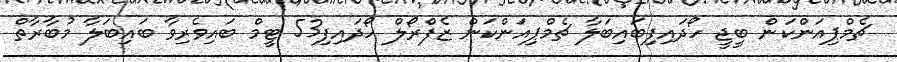
ޗެމްޕިއަންކަން ބީޖީ ހޯދައިފިބައިބަލާ ޗެމްޕިއަންކަން ޒެފްރޯލް ހޯދައިފި53 ޓީމް ބައިވެރިވާ ބައިބަލާ މުބާރާތް